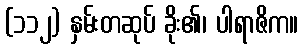
(၁၁၂) နှမ်းတဆုပ် ခိုး၏၊ ပါရာဇိက။